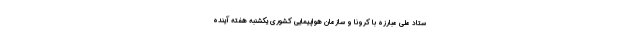
ستاد ملی مبارزه با کرونا و سازمان هواپیمایی کشوری یکشنبه هفته آینده